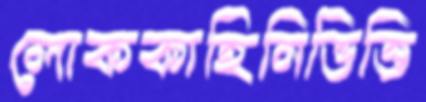
লোককাহিনিভিত্তি